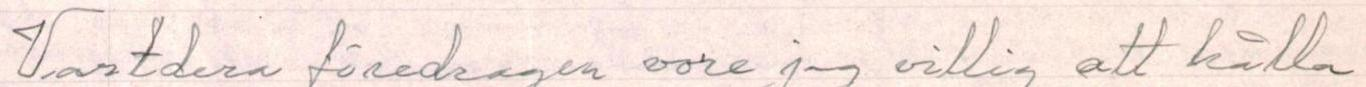
Vartdera föredragen vore jag villig att hålla